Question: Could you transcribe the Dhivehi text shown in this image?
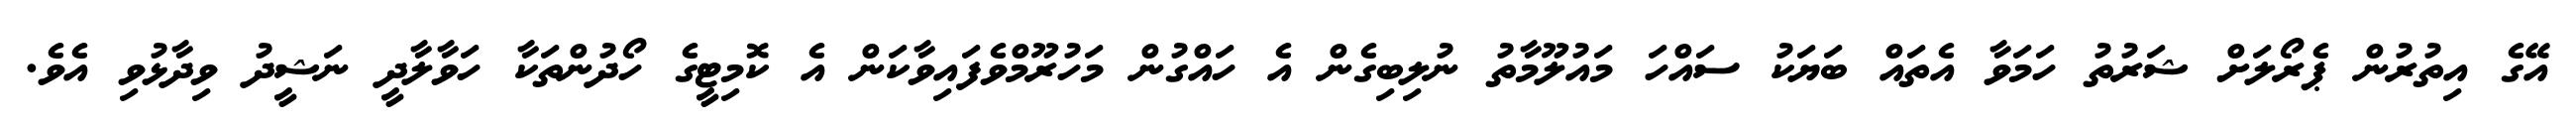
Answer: އޭގެ އިތުރުން ޕެރޯލަށް ޝަރުތު ހަމަވާ އެތައް ބަޔަކު ސައްހަ މައުލޫމާތު ނުލިބިގެން އެ ހައްގުން މަހުރޫމްވެފައިވާކަން އެ ކޮމިޓީގެ ހޯދުންތަކާ ހަވާލާދީ ނަޝީދު ވިދާޅުވި އެވެ.